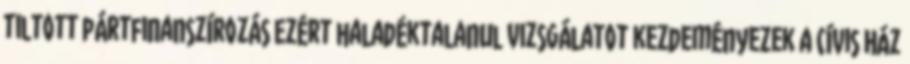
tiltott pártfinanszírozás Ezért haladéktalanul vizsgálatot kezdeményezek a Cívis Ház